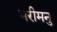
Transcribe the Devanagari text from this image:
मरीमनु